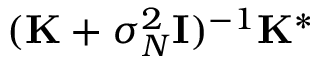
( \mathbf { K } + \sigma _ { N } ^ { 2 } { \bf { I } } ) ^ { - 1 } \mathbf { K } ^ { * }